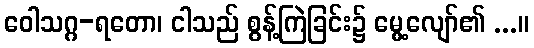
ဝေါသဂ္ဂ-ရတော၊ ငါသည် စွန့်ကြဲခြင်း၌ မွေ့လျော်၏ ...။